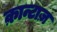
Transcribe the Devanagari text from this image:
क़ान्टाज़